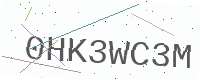
Text: 0HK3WC3M